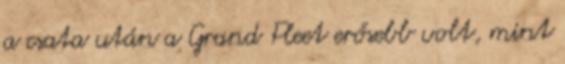
a csata után a Grand Fleet erősebb volt, mint